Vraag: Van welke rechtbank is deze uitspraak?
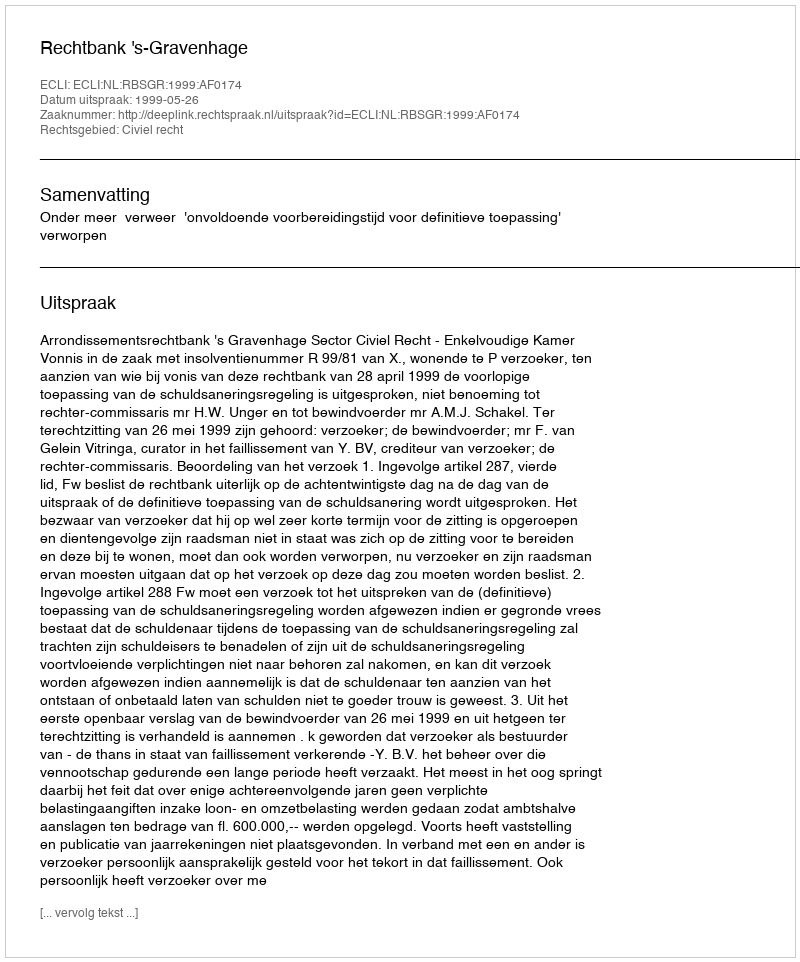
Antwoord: Rechtbank 's-Gravenhage